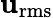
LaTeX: \mathbf{u}_{\mathrm{{rms}}}